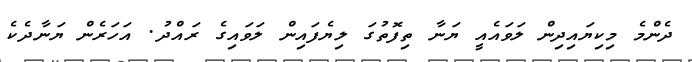
ދެންމެ މިކިޔައިދިން ލަވައެއީ ޔަނާ ތިފޮތުގަ ލިޔެފައިން ލަވައިގެ ރައްދު. އަހަރެން ޔަނާދެކެ